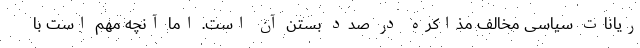
ریانات سیاسی مخالف مذاکره در صدد بستن آن است. اما آنچه مهم است با